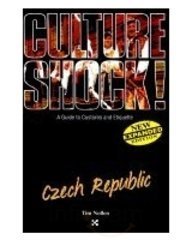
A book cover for Czech Republic (Culture Shock!); Tim Nollen; Travel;